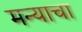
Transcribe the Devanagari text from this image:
मन्याचा